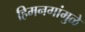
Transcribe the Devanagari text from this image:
हिमनगांमुळे